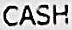
CASH